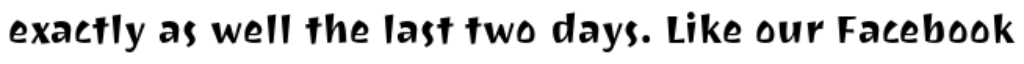
exactly as well the last two days. Like our Facebook